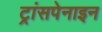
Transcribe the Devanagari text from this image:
ट्रांसपेनाइन